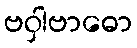
ဗဝှါဗာဓော